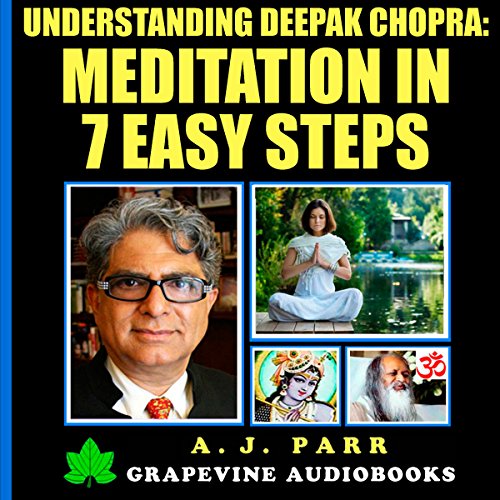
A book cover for Understanding Deepak Chopra: Meditation in 7 Easy Steps: 7 Lessons 7 Exercises - The Beginner's Guide to Meditation and Inner Peace; A. J. Parr; Religion & Spirituality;